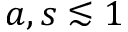
a , s \lesssim 1